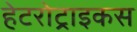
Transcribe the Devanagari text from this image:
हेटरोट्राइकस